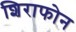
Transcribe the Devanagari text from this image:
शिराफोन